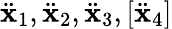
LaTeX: \ddot{{\mathbf x}}_{1},\ddot{{\mathbf x}}_{2},\ddot{{\mathbf x}}_{3},[\ddot{{\mathbf x}}_{4}]